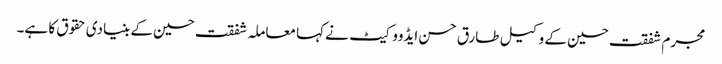
مجرم شفقت حسین کے وکیل طارق حسن ایڈووکیٹ نے کہا معاملہ شفقت حسین کے بنیادی حقوق کا ہے۔